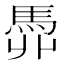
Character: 𩢓